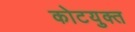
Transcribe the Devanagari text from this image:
कोटयुक्त